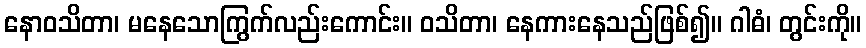
နောဝသိတာ၊ မနေသောကြွက်လည်းကောင်း။ ဝသိတာ၊ နေကားနေသည်ဖြစ်၍။ ဂါဓံ၊ တွင်းကို။